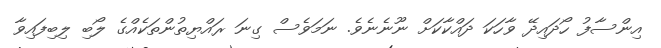
އިންސާފު ހޯދައިދޭ ވާހަކަ ދައްކާކަށް ނޫނެނެވެ. ނަމަވެސް ގިނަ ރައްޔިތުންތަކެއްގެ ލޯބި ލިބިފައިވާ